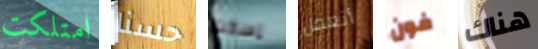
امتلكت حسنا إسكت أتعمل فون هناك